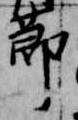
節